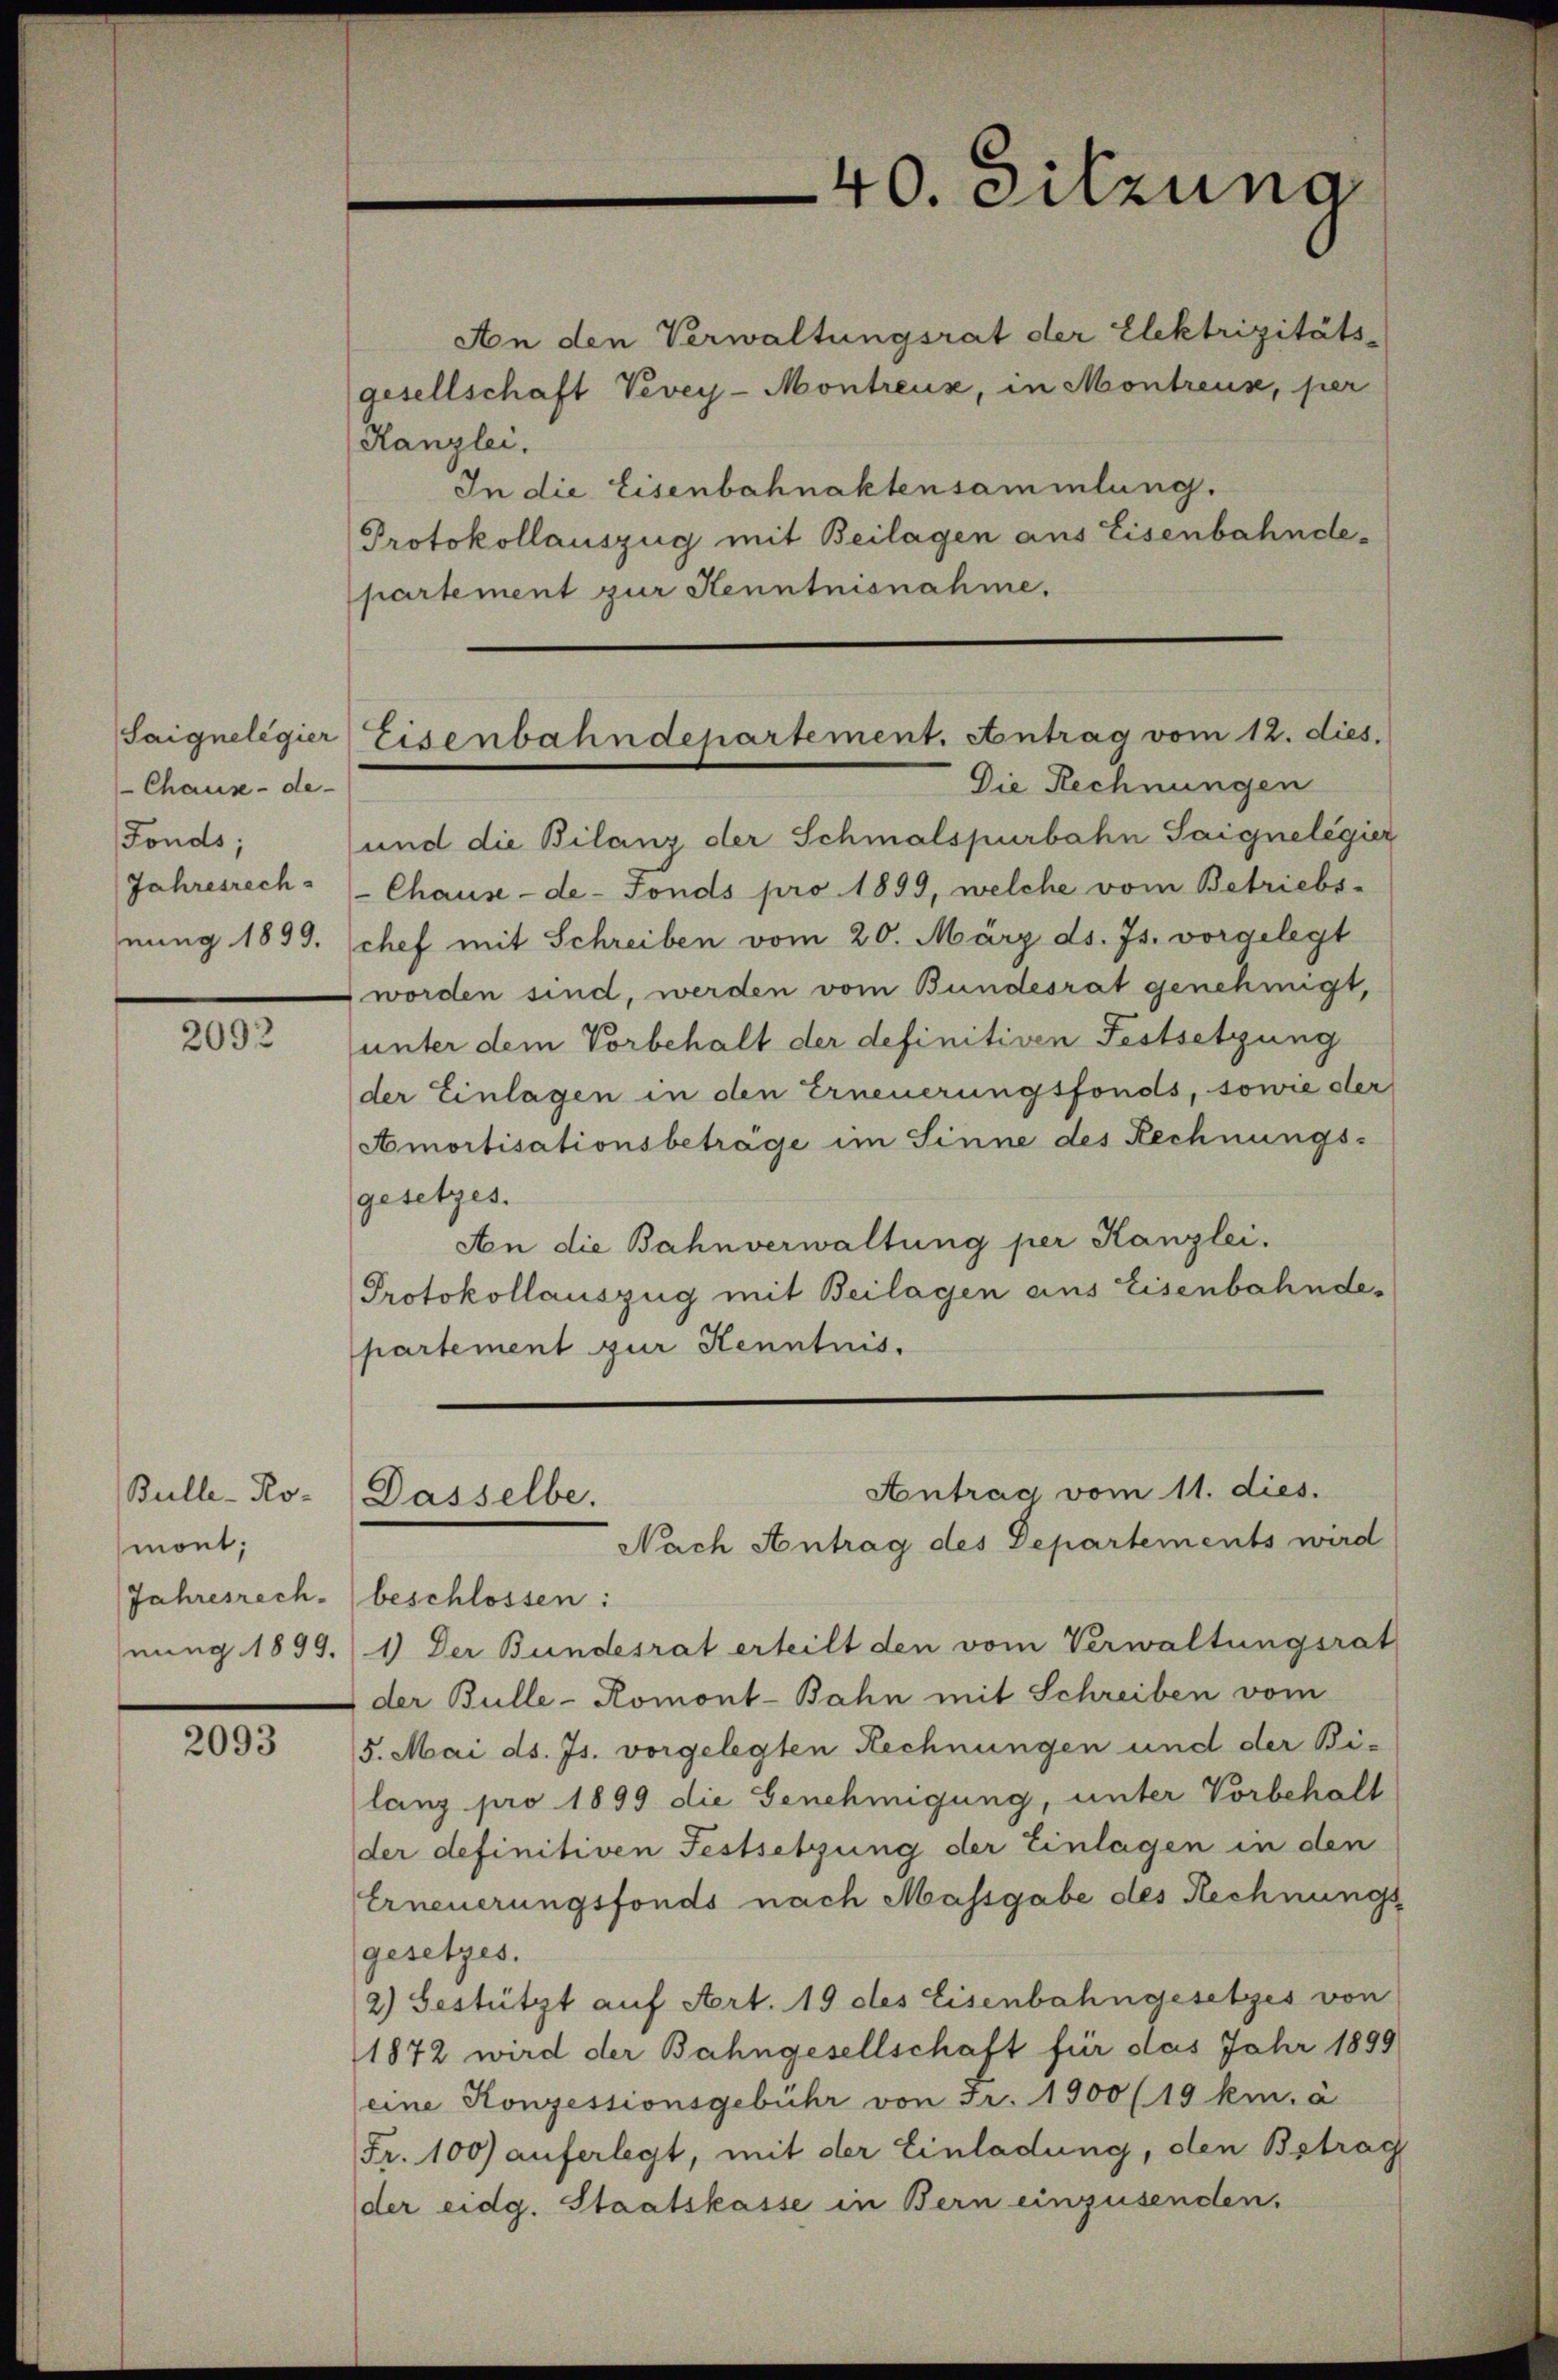
Saignelegier
Chaux-de-
Fonds;
Jahresrech
nung 1899.

2092

Bulle-Ro-
mont;
Jahresrech
nung 1899.

2093

An den Verwaltungsrat der Elektrizitäts-
gesellschaft Vevey-Montreuse, in Montreus, per
Kanzlei.
In die Eisenbahnaktensammlung.
Protokollauszug mit Beilagen aus Eisenbahndepartement zur Kenntnisnahme.

40. Sitzung

Eisenbahndepartement. Antrag vom 12. dies
Die Rechnungen

und die Bilanz der Schmalspurbahn Saignelegier
Chause -de-Fonds pro 1899, welche vom Betriebs-
chef mit Schreiben vom 20. März ds. Js. vorgelegt
worden sind, werden vom Bundesrat genehmigt,
unter dem Vorbehalt der definitiven Festsetzung
der Einlagen in den Erneuerungsfonds, sowie der
Amortisationsbetrage im Sinne des Rechnungs-
gesetzes.
An die Bahnverwaltung per Kanzlei.
Protokollauszug mit Beilagen aus Eisenbahndepartement zur Kenntnis.
Antrag vom 11. dies.
Dasselbe.
Nach Antrag des Departements wird
beschlossen:
1) Der Bundesrat erteilt den vom Verwaltungsrat
der Bulle-Romont-Bahn mit Schreiben vom
5. Mai d. Js. vorgelegten Rechnungen und der Bi-
lanz pro 1899 die Genehmigung, unter Vorbehalt
der definitiven Festsetzung der Einlagen in den
Erneuerungsfonds nach Massgabe des Rechnungs
gesetzes.
2) Bestützt auf Art. 19 des Eisenbahngesetzes von
1872 wird der Bahngesellschaft für das Jahr 1899
eine Konzessionsgebühr von Fr. 1900 (19 km. à
Fr. 100) auferlegt, mit der Einladung, den Betrag
der eidg. Staatskasse in Bern einzusenden.